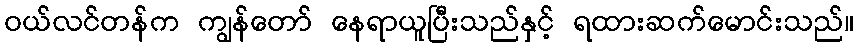
ဝယ်လင်တန်က ကျွန်တော် နေရာယူပြီးသည်နှင့် ရထားဆက်မောင်းသည်။